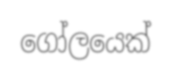
ගෝලයෙක්